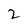
Character: 2